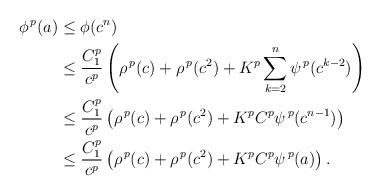
LaTeX: \begin{align*}\phi^{\, p}(a)&\le \phi(c^n)\\&\le \frac{C_1^p}{c^p} \left( \rho^{\, p}(c)+\rho^{\, p}(c^2) +K^p \sum_{k=2}^n \psi^{\, p} (c^{k-2})\right)\\&\le \frac{C_1^p}{c^p} \left( \rho^{\, p}(c)+\rho^{\, p}(c^2) +K^p C^p \psi^{\, p}(c^{n-1})\right)\\&\le \frac{C_1^p}{c^p} \left( \rho^{\, p}(c)+\rho^{\, p}(c^2) +K^p C^p \psi^{\, p}(a)\right).\end{align*}